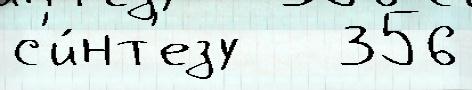
с'и́нт'езу   356